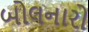
બોલનારો